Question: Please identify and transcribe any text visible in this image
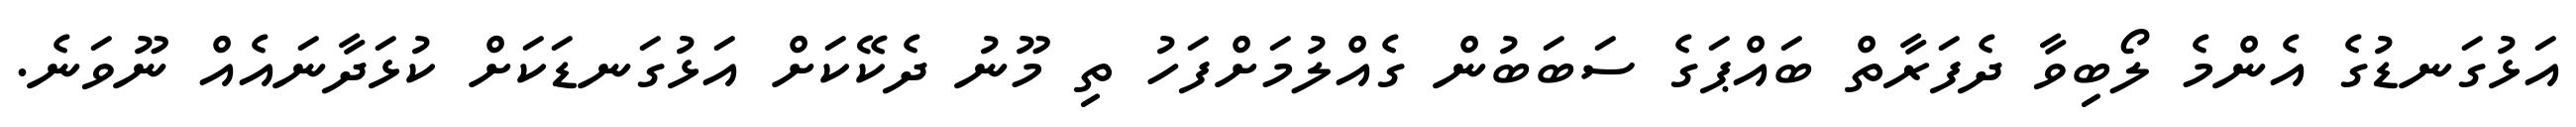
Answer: އަޅުގަނޑުގެ އެންމެ ލޯބިވާ ދެފަރާތް ބައްޕަގެ ސަބަބުން ގެއްލުމަށްފަހު ތި މޫނު ދެކޭކަށް އަޅުގަނޑަކަށް ކުޅަދާނައެއް ނޫވަނެ.